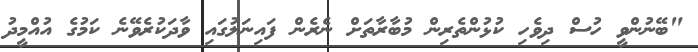
"ބޭނުންވީ ހުސް ދިވެހި ކުޅުންތެރިން މުބާރާތަށް ނެރެން ފައިނަލުގައި ވާދަކުރެވޭނެ ކަމުގެ އުއްމީދު